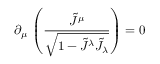
\partial _ { \mu } \, \left( \frac { \tilde { J } ^ { \mu } } { \sqrt { 1 - \tilde { J } ^ { \lambda } \tilde { J } _ { \lambda } } } \right) = 0